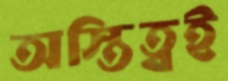
অস্তিত্বই